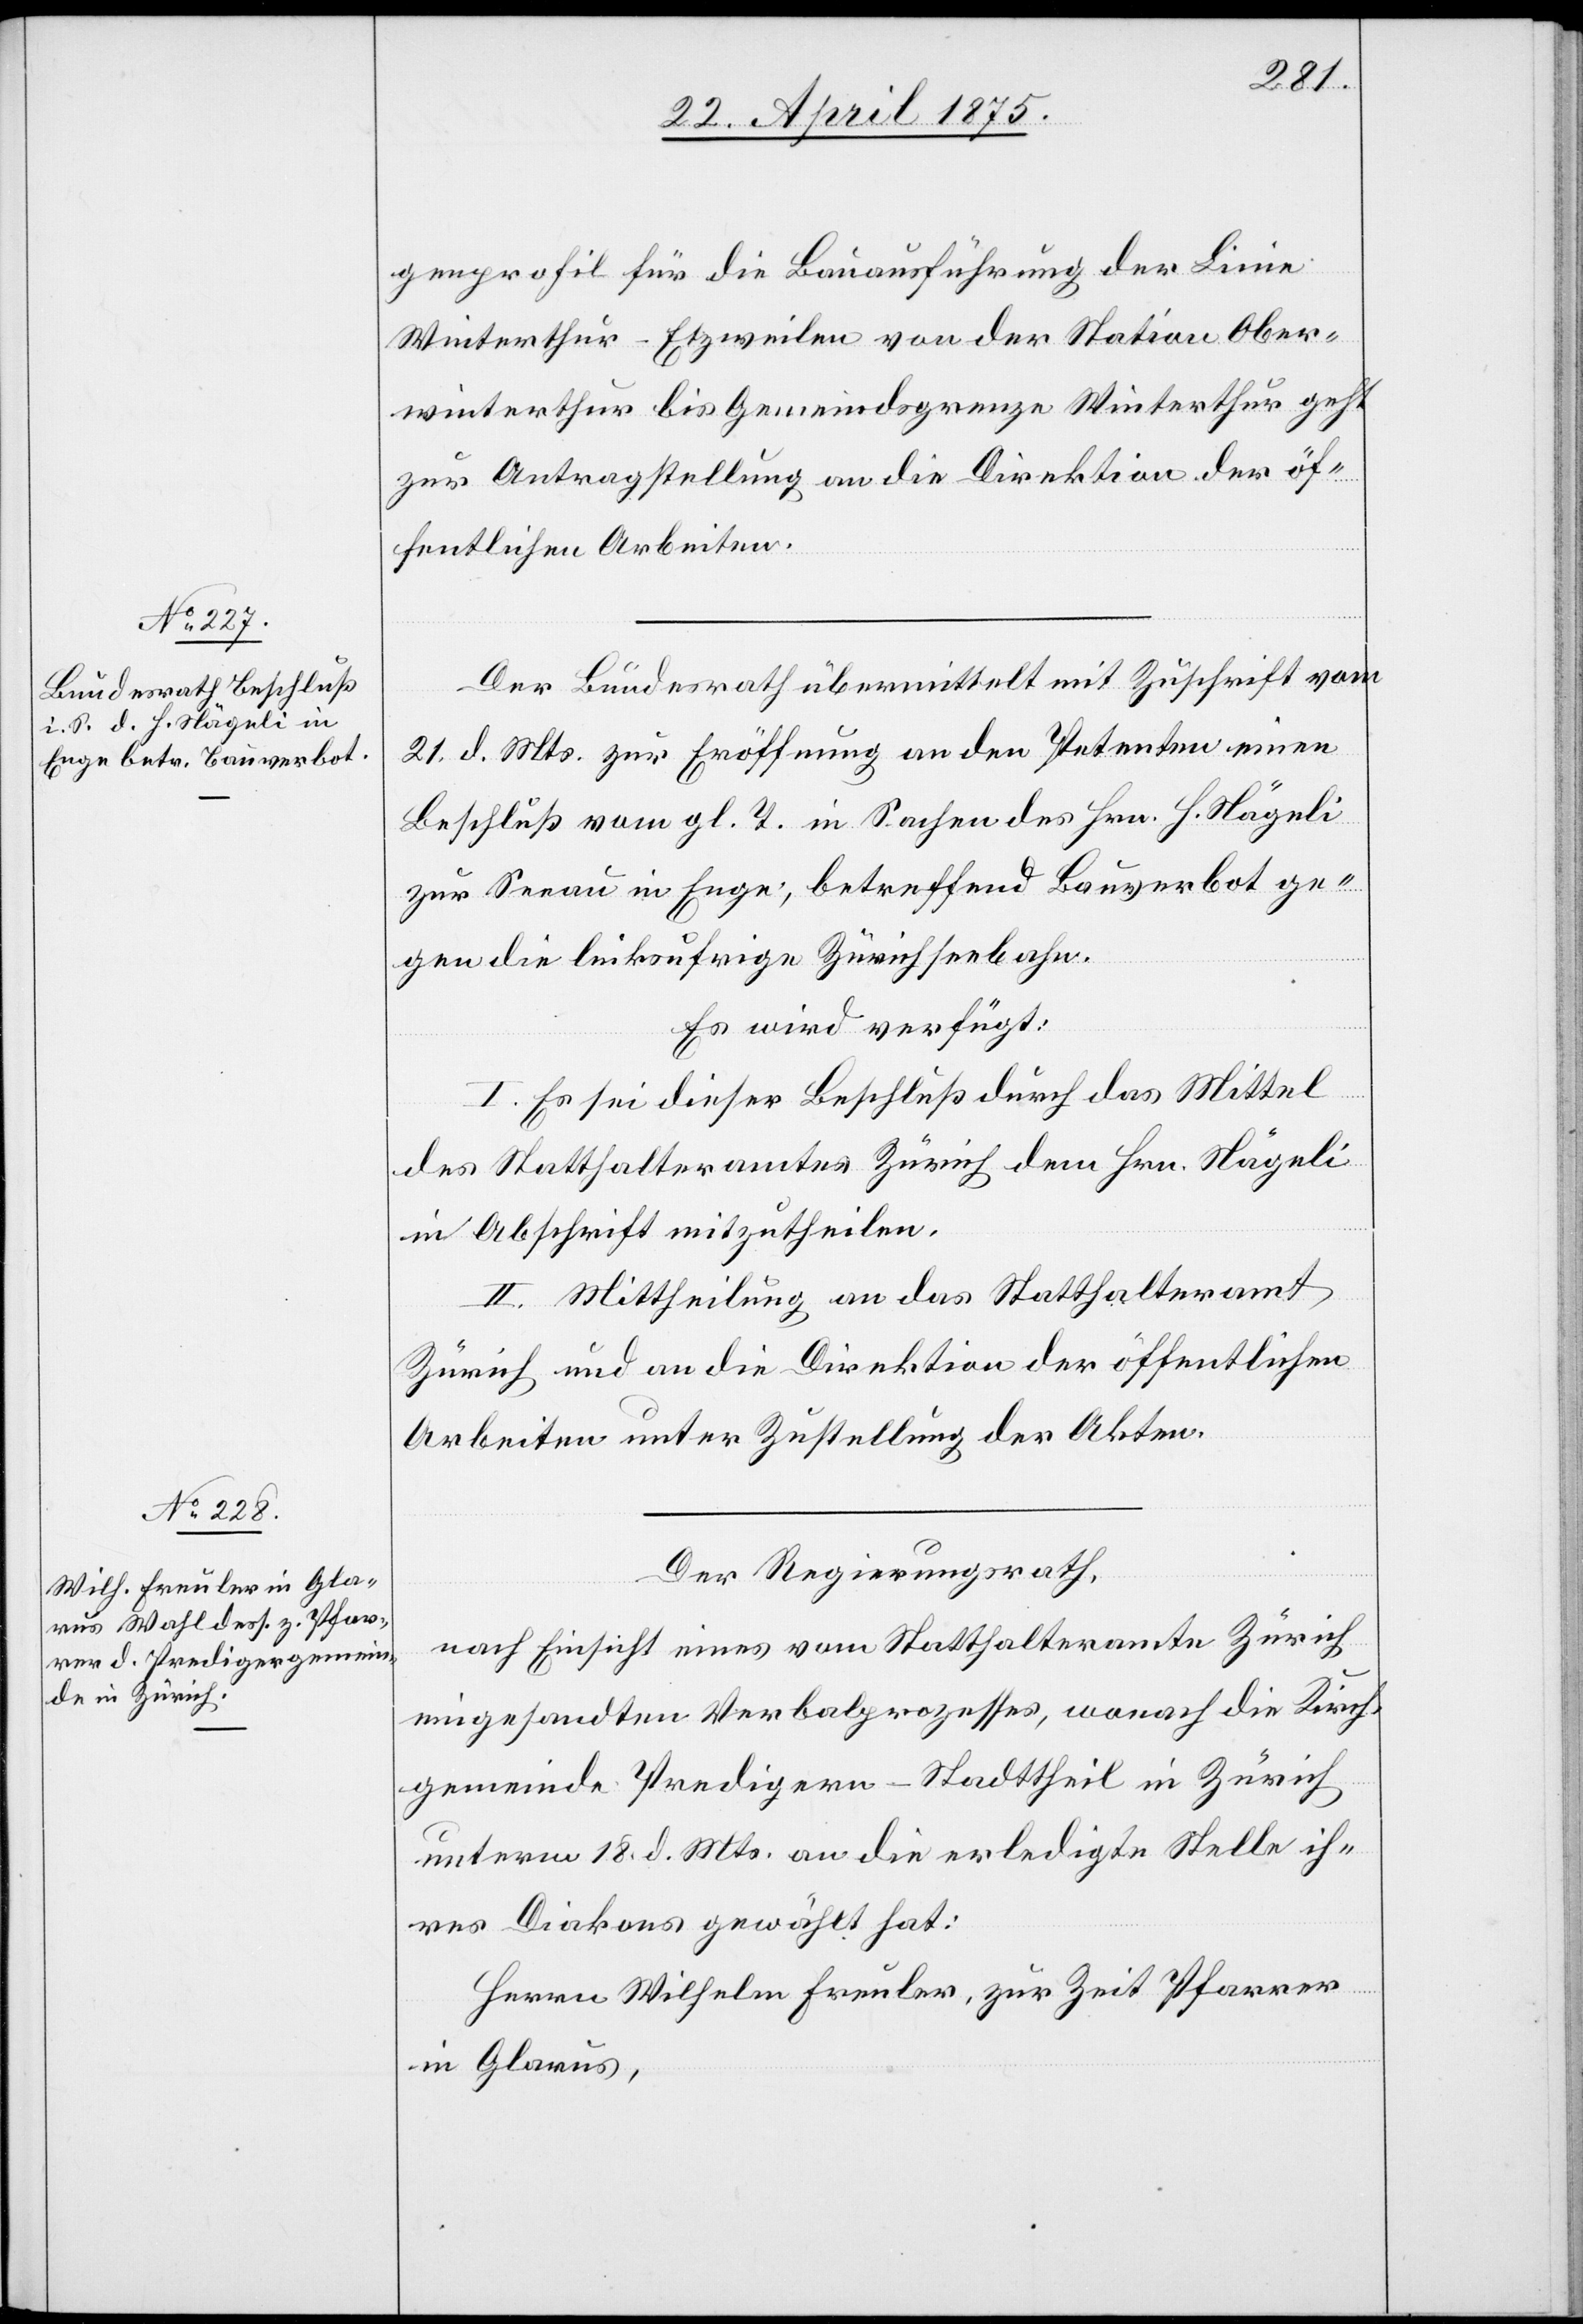
23. April 1875.]
genprofil für die Bauausführung der Linie
Winterthur–Etzweilen von der Station Ober¬
winterthur bis Gemeindsgrenze Winterthur geht
zur Antragstellung an die Direktion der öf¬
fentlichen Arbeiten.
Der Bundesrath übermittelt mit Zuschrift vom
21. d. Mts. zur Eröffnung an den Petenten einen
Beschluß vom gl. T. in Sachen des Hrn. H. Nägeli
zur Seeau in Enge, betreffend Bauverbot ge¬
gen linksufrige Zürichseebahn.
Es wird verfügt:
I. Es sei dieser Beschluß durch das Mittel
des Statthalteramtes Zürich dem Hrn. Nägeli
in Abschrift mitzutheilen.
II. Mittheilung an das Statthalteramt
Zürich und an die Direktion der öffentlichen
Arbeiten unter Zustellung der Akten.
Der Regierungsrath,
nach Einsicht eines vom Statthalteramte Zürich
eingesandten Verbalprozesses, wonach die Kirch¬
gemeinde Predigern – Stadttheil in Zürich
unterm 18. d. Mts. an die erledigte Stelle ih¬
res Diakons gewählt hat:
Herrn Wilhelm Greuler, zur Zeit Pfarrer
in Glarus,